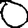
Digit: 0